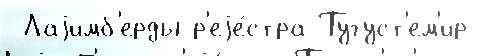
 Лаjимб'ерды р'еjе́стра Тугуст'ем'ир